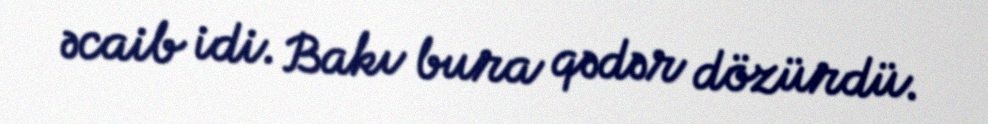
əcaib idi. Bakı bura qədər dözürdü.